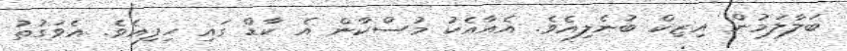
ބަލާލަމުން އިޒިކް ބުނެލިއެވެ. އެއާއެކު މުސްކާން އެ ކާޑް ގައި ހިފިއެވެ. އެވަގުތު